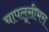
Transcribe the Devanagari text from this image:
चापलूसीभरा